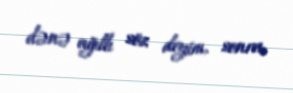
dənə ağıllı söz deyim, sonra.